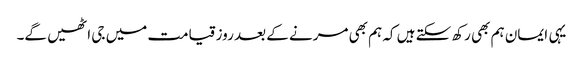
یہی ایمان ہم بھی رکھ سکتے ہیں کہ ہم بھی مرنے کے بعد روز قیامت میں جی اٹھیں گے۔